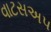
વાટસઅપ